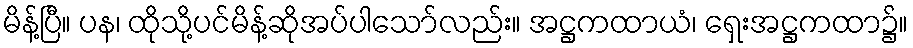
မိန့်ပြီ။ ပန၊ ထိုသို့ပင်မိန့်ဆိုအပ်ပါသော်လည်း။ အဋ္ဌကထာယံ၊ ရှေးအဋ္ဌကထာ၌။